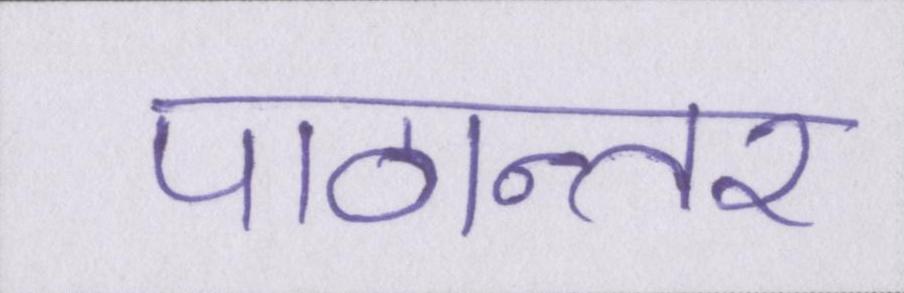
पाठान्तर